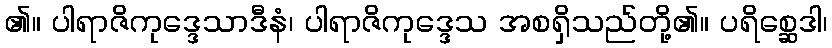
၏။ ပါရာဇိကုဒ္ဒေသာဒီနံ၊ ပါရာဇိကုဒ္ဒေသ အစရှိသည်တို့၏။ ပရိစ္ဆေဒါ၊